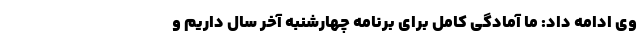
وی ادامه داد: ما آمادگی کامل برای برنامه چهارشنبه آخر سال داریم و